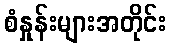
စံနှုန်းများအတိုင်း